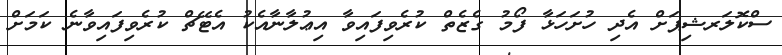
ސްކޮލަރޝިޕަށް އެދި ހުށަހަޅާ ފޯމު ގެޒެތް ކުރެވިފައިވާ އިޢުލާނާއެކު އެޓޭޗް ކުރެވިފައިވާނެ ކަމަށް